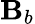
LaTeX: \mathbf{B}_{b}